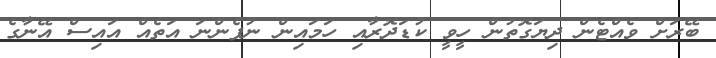
ބޭރަށް ވެއްޓެން ދިޔަގޮތުން ހީވީ ކުޑަދޮރާއި ހަމައިން ނުފެންނަ އަތެއް އައިސް އޭނާގެ